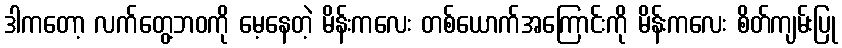
ဒါကတော့ လက်တွေ့ဘဝကို မေ့နေတဲ့ မိန်းကလေး တစ်ယောက်အကြောင်းကို မိန်းကလေး စိတ်ကျမ်းပြု